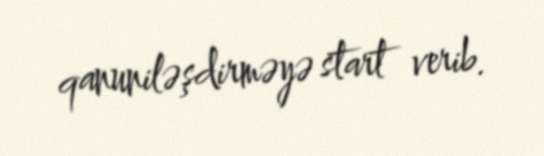
qanuniləşdirməyə start verib.